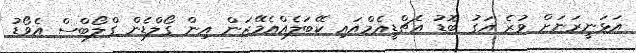
އަޅަނީރަނަށް ވުރެ އަގު ބޮޑު އެޗްޑީއެމްއައި ކޭބަލެއްއެމޭޒަން އިން ގޯލްޑެން ގްލޯބްސް އެވޯޑު